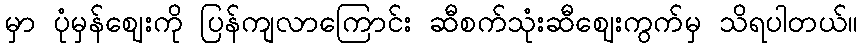
မှာ ပုံမှန်ဈေးကို ပြန်ကျလာကြောင်း ဆီစက်သုံးဆီဈေးကွက်မှ သိရပါတယ်။